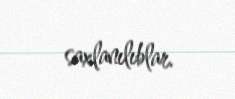
saxlanılıblar.